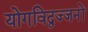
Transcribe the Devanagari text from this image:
योगविद्वज्जनों